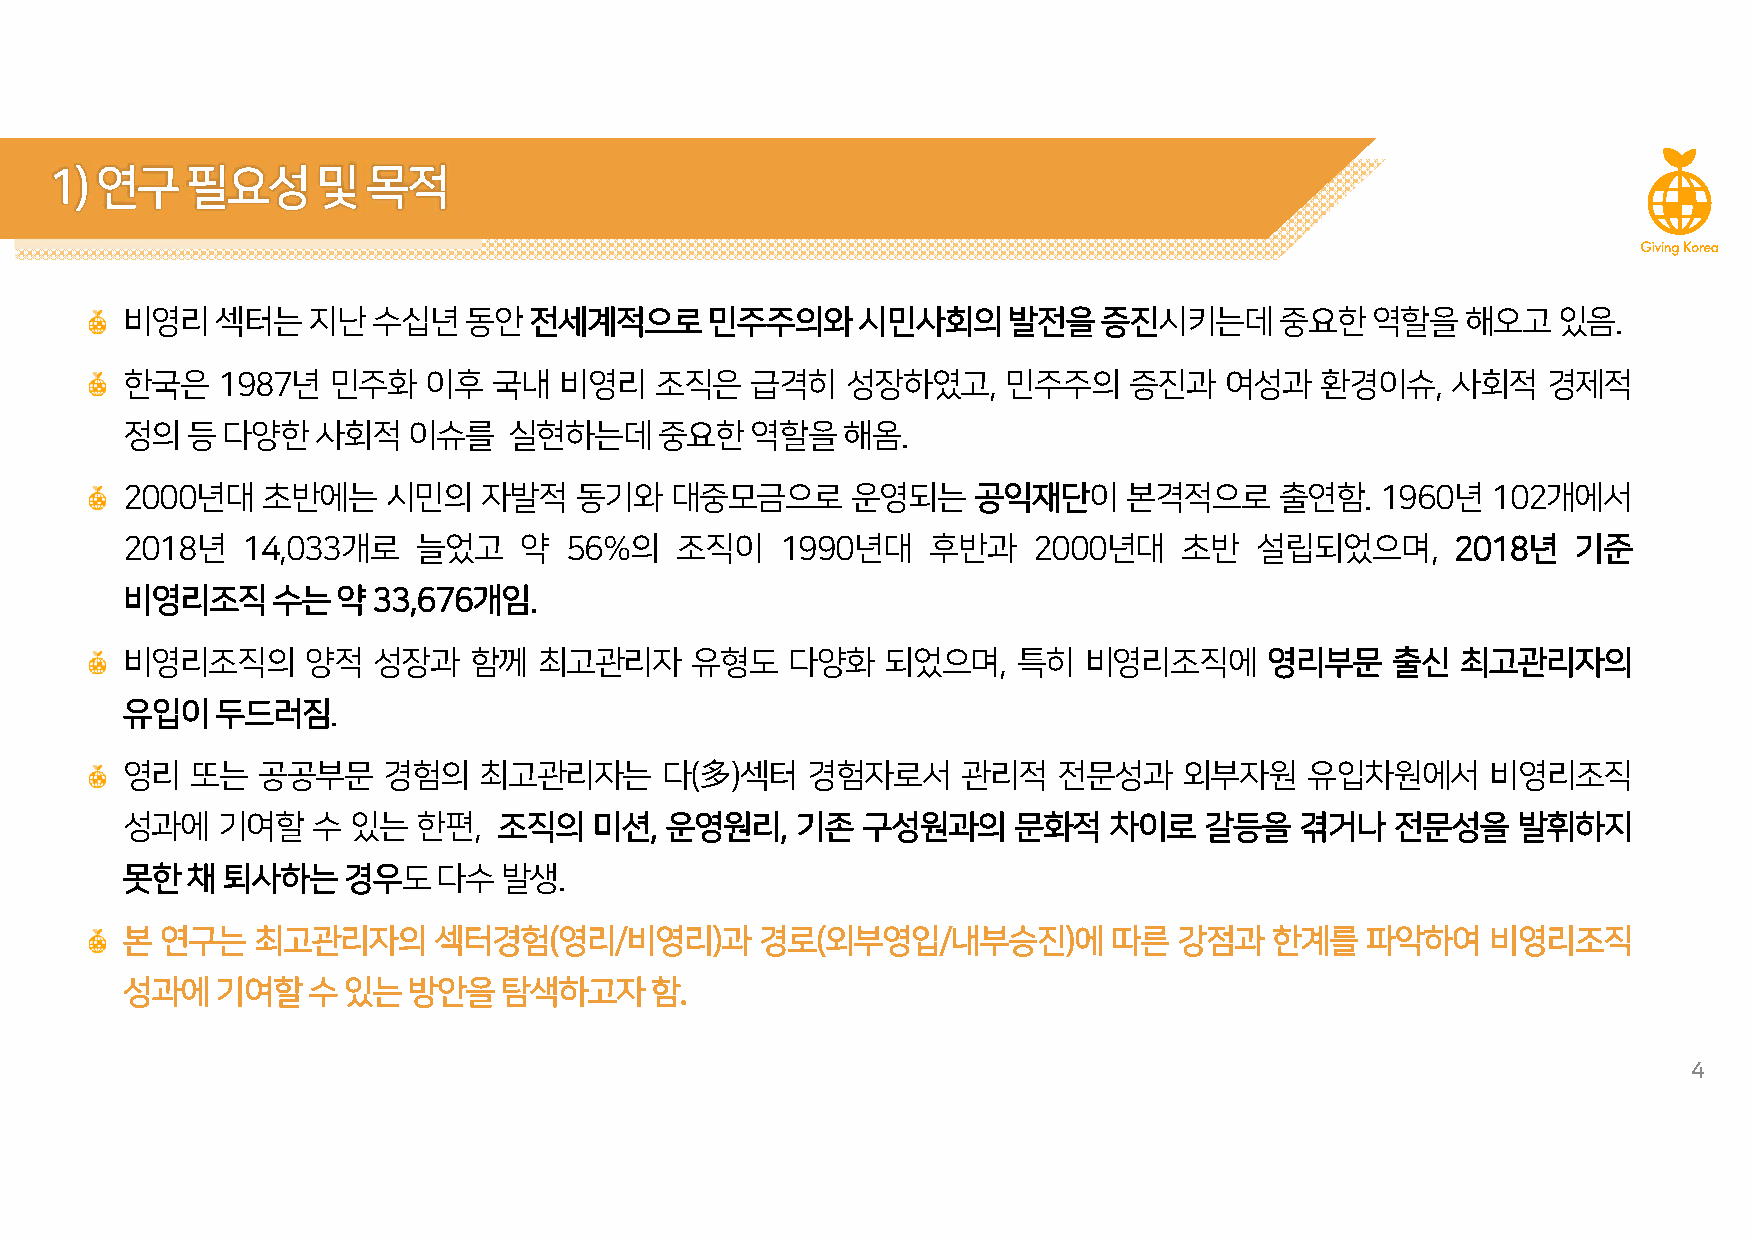
1)연구필요성및            목적
 비영리섹터는지난수십년동안전세계적으로민주주의와시민사회의발전을증진시키는데중요한역할을해오고있음.
 한국은   1987년   민주화   이후   국내  비영리   조직은    급격히   성장하였고,     민주주의    증진과   여성과   환경이슈,    사회적   경제적
 정의등다양한사회적이슈를              실현하는데중요한역할을해옴.
 2000년대   초반에는     시민의   자발적   동기와   대중모금으로      운영되는    공익재단이      본격적으로     출연함.  1960년   102개에서
 2018년   14,033개로    늘었고   약  56%의    조직이    1990년대   후반과    2000년대    초반   설립되었으며,      2018년   기준
 비영리조직수는약33,676개임.
 비영리조직의      양적   성장과   함께   최고관리자     유형도   다양화    되었으며,   특히   비영리조직에      영리부문    출신   최고관리자의
 유입이두드러짐.
 영리   또는  공공부문    경험의    최고관리자는      다(多)섹터   경험자로서      관리적   전문성과    외부자원    유입차원에서       비영리조직
 성과에   기여할    수 있는   한편,  조직의   미션,  운영원리,    기존  구성원과의     문화적   차이로    갈등을   겪거나   전문성을    발휘하지
 못한채퇴사하는경우도다수발생.
 본  연구는   최고관리자의      섹터경험(영리/비영리)과        경로(외부영입/내부승진)에          따른  강점과   한계를   파악하여     비영리조직
 성과에기여할수있는방안을탐색하고자함.
 4